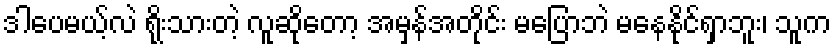
ဒါပေမယ့်လဲ ရိုးသားတဲ့ လူဆိုတော့ အမှန်အတိုင်း မပြောဘဲ မနေနိုင်ရှာဘူး၊ သူက